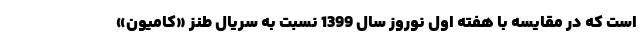
است که در مقایسه با هفته اول نوروز سال 1399 نسبت به سریال طنز «کامیون»